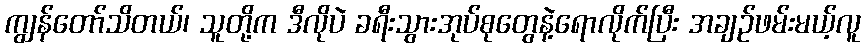
ကျွန်တော်သိတယ်၊ သူတို့က ဒီလိုပဲ ခရီးသွားအုပ်စုတွေနဲ့ရောလိုက်ပြီး အချဉ်ဖမ်းမယ့်လူ